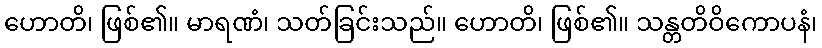
ဟောတိ၊ ဖြစ်၏။ မာရဏံ၊ သတ်ခြင်းသည်။ ဟောတိ၊ ဖြစ်၏။ သန္တတိဝိကောပနံ၊